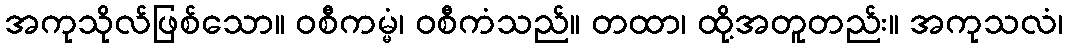
အကုသိုလ်ဖြစ်သော။ ဝစီကမ္မံ၊ ဝစီကံသည်။ တထာ၊ ထို့အတူတည်း။ အကုသလံ၊